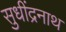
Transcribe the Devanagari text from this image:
सुधींद्रनाथ